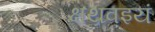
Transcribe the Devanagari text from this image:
क्षथ्रवइयं